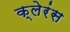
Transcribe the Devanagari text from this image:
क्लेरंस